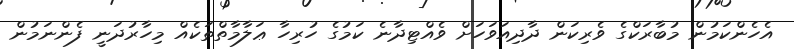
އެހެންކަމުން މުބާރަކްގެ ވެރިކަން ދާދިއަވަހަށް ވެއްޓިދާނެ ކަމުގެ ހުރިހާ ޢަލާމާތްތަކެއް މިހާރުދަނީ ފެންނަމުން